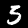
Label: 5